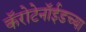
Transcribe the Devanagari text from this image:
कॅरोटेनॉईडच्या